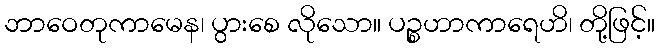
ဘာဝေတုကာမေန၊ ပွားစေ လိုသော။ ပဉ္စဟာကာရေဟိ၊ တို့ဖြင့်။